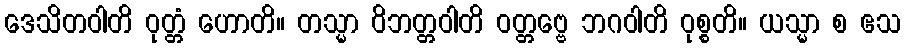
ဒေသိတဝါတိ ဝုတ္တံ ဟောတိ။ တသ္မာ ဝိဘတ္တဝါတိ ဝတ္တဗ္ဗေ ဘဂဝါတိ ဝုစ္စတိ။ ယသ္မာ စ ဧသ